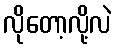
လိုတော့လို့လဲ